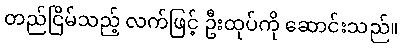
တည်ငြိမ်သည့် လက်ဖြင့် ဦးထုပ်ကို ဆောင်းသည်။